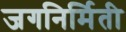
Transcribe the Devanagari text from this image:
जगनिर्मिती